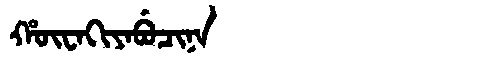
Manchu: ᡥᡡᠸᠠᡴᡳᠶᠠᠪᡠᠴᡳᠨᠠ
Romanization: HŪWAKIYABUCINA